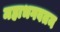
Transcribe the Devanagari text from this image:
महाभगवतम